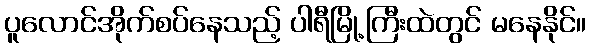
ပူလောင်အိုက်စပ်နေသည့် ပါရီမြို့ကြီးထဲတွင် မနေနိုင်။